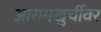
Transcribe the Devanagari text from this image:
आरामखुर्चीवर